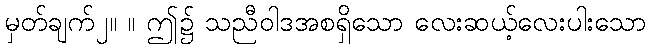
မှတ်ချက်၂။ ။ ဤ၌ သညီဝါဒအစရှိသော လေးဆယ့်လေးပါးသော